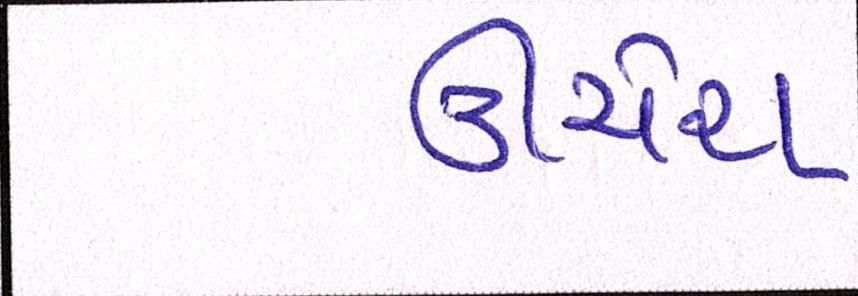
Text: ઊંચેરા